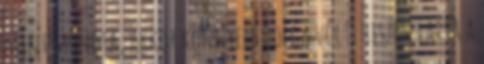
mint mondta, akkor könnyebb dolga volt, hiszen látta a